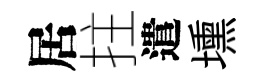
居拄遣壎